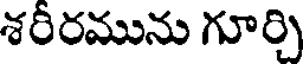
శరీరమును గూర్చి